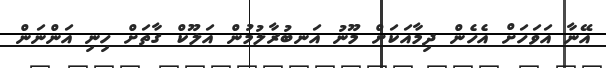
އޭނާ އަވަހަށް އެހެން ދިމާއަކަށް މޫނު އަނބުރާލުމުން އަލޫކް ގާތަށް ހިނި އަންނަން